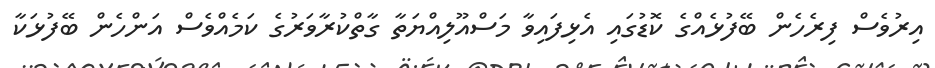
އިރުވެސް ފިރެހެން ބޭފުޅެއްގެ ކޮޑުގައި އެޅިފައިވާ މަސްއޫލިއްޔަތާ ގާތްކުރާވަރުގެ ކަމެއްވެސް އަންހެން ބޭފުޅަކާ